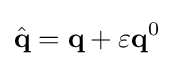
{\hat {\textbf {q}}}={\textbf {q}}+\varepsilon {\textbf {q}}^{0}